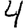
Digit: 4